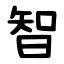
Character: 智